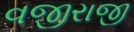
વજીરાજી